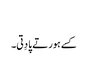
‏
کسے ہور تے پا دِتی۔